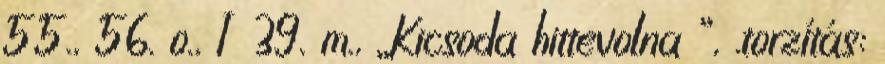
55., 56. o., I 39. m., „Kicsoda hittevolna ”, .torzítás: